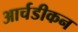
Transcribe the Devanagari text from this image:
आर्चडीकन